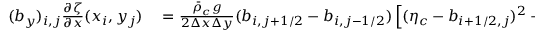
\begin{array} { r l } { ( b _ { y } ) _ { i , j } \frac { \partial \zeta } { \partial x } ( x _ { i } , y _ { j } ) } & { { } = \frac { \bar { \rho } _ { c } g } { 2 \Delta x \Delta y } ( b _ { i , j + 1 / 2 } - b _ { i , j - 1 / 2 } ) \left[ ( \eta _ { c } - b _ { i + 1 / 2 , j } ) ^ { 2 } - ( \eta _ { c } - b _ { i - 1 / 2 , j } ) ^ { 2 } \right] } \end{array}